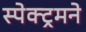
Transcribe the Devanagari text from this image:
स्पेक्ट्रमने